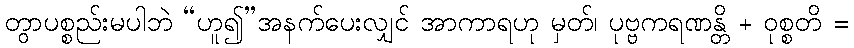
တွာပစ္စည်းမပါဘဲ “ဟူ၍”အနက်ပေးလျှင် အာကာရဟု မှတ်၊ ပုဗ္ဗကရဏန္တိ + ဝုစ္စတိ =